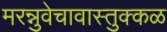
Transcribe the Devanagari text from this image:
मरन्नुवेचावास्तुक्कळ